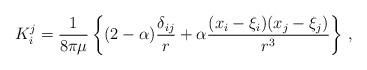
LaTeX: \begin{align*} {K_i^j} = \frac{1}{8 \pi \mu} \left\{ (2-\alpha)\frac{\delta_{ij}}{r} + \alpha \frac{(x_i-\xi_i)(x_j-\xi_j)}{r^3} \right\} \, ,\end{align*}